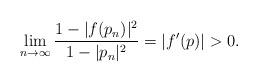
LaTeX: \begin{align*} \lim_{n \to \infty} \frac{1-|f(p_n)|^2}{1-|p_n|^2} = |f'(p)| > 0. \end{align*}